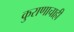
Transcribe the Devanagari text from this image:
कुराणाचाही